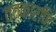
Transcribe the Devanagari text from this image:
तत्कारणि